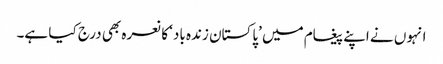
انہوں نے اپنے پیغام میں ’پاکستان زندہ باد‘ کا نعرہ بھی درج کیا ہے۔